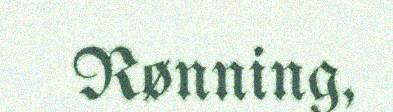
Rønning,